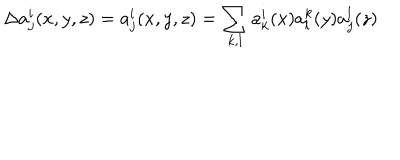
\Delta a _ { j } ^ { i } ( x , y , z ) = a _ { j } ^ { i } ( x , y , z ) = \sum _ { k , l } a _ { k } ^ { i } ( x ) a _ { l } ^ { k } ( y ) a _ { j } ^ { l } ( z )